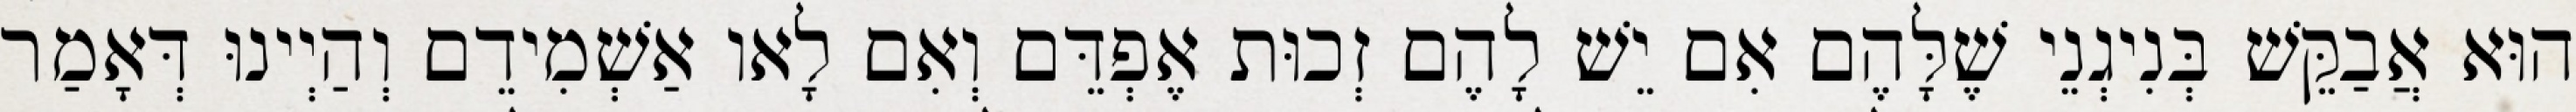
הוּא אֲבַקֵּשׁ בְּנִיגְנֵי שֶׁלָּהֶם אִם יֵשׁ לָהֶם זְכוּת אֶפְדֵּם וְאִם לָאו אַשְׁמִידֵם וְהַיְינוּ דְּאָמַר